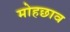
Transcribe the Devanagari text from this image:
मोहछाव